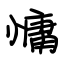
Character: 慵